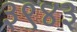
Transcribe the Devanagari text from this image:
३९४३